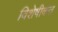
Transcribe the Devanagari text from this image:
विशेषीकत